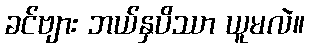
ခင်ဗျား ဘယ်နှပိဿာ ယူမလဲ။